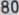
Transcribetheimage